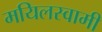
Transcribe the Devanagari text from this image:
मयिलस्वामी